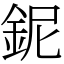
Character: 鈮